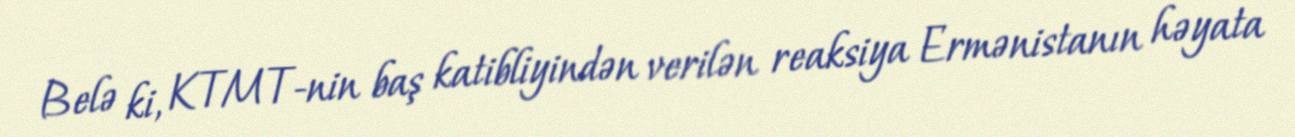
Belə ki, KTMT-nin baş katibliyindən verilən reaksiya Ermənistanın həyata